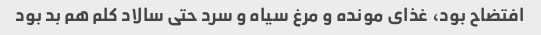
افتضاح بود، غذای مونده و مرغ سیاه و سرد حتی سالاد کلم هم بد بود